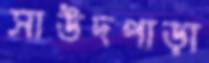
সাউদপাড়া